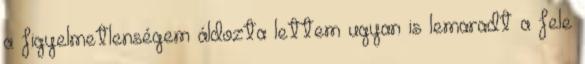
a figyelmetlenségem áldozta lettem ugyan is lemaradt a fele